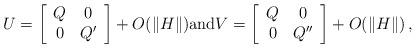
LaTeX: \begin{align*}U=\left[\begin{array}{cc}Q & 0 \\0 & Q'\end{array}\right]+O(\|H\|) {\rm and} V=\left[\begin{array}{cc}Q & 0 \\0 & Q''\end{array}\right]+O(\|H\|)\,,\end{align*}